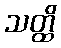
သတ္ထိ